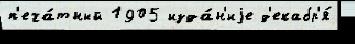
п'еча́тный 1905 изда́н'иjе д'екабр'я́